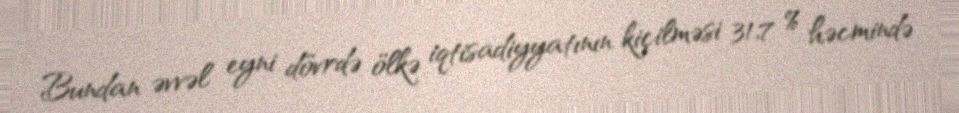
Bundan əvvəl eyni dövrdə ölkə iqtisadiyyatının kiçilməsi 31,7 % həcmində